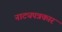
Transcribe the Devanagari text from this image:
नाट्यपत्रकार